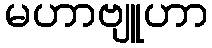
မဟာဗျူဟာ